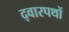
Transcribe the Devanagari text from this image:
द्वारपथों